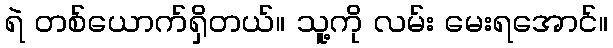
ရဲ တစ်ယောက်ရှိတယ်။ သူ့ကို လမ်း မေးရအောင်။